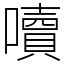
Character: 𡂝